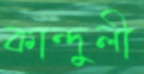
কান্দুলী